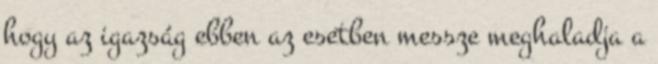
hogy az igazság ebben az esetben messze meghaladja a